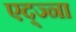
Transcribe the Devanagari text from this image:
एद्ज्ना